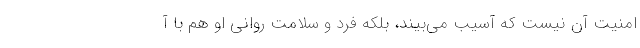
امنیتِ آن نیست که آسیب می‌بیند، بلکه فرد و سلامت روانی او هم با آ